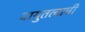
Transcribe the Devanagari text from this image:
वायुतत्वाची